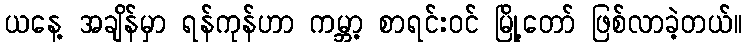
ယနေ့ အချိန်မှာ ရန်ကုန်ဟာ ကမ္ဘာ့ စာရင်းဝင် မြို့တော် ဖြစ်လာခဲ့တယ်။